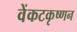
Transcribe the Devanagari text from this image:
वेंकटकृष्णन